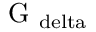
\mathrm { G _ { \ d e l t a } }